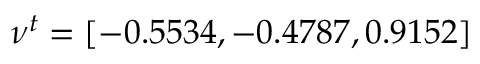
\nu ^ { t } = [ - 0 . 5 5 3 4 , - 0 . 4 7 8 7 , 0 . 9 1 5 2 ]